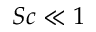
S c \ll 1